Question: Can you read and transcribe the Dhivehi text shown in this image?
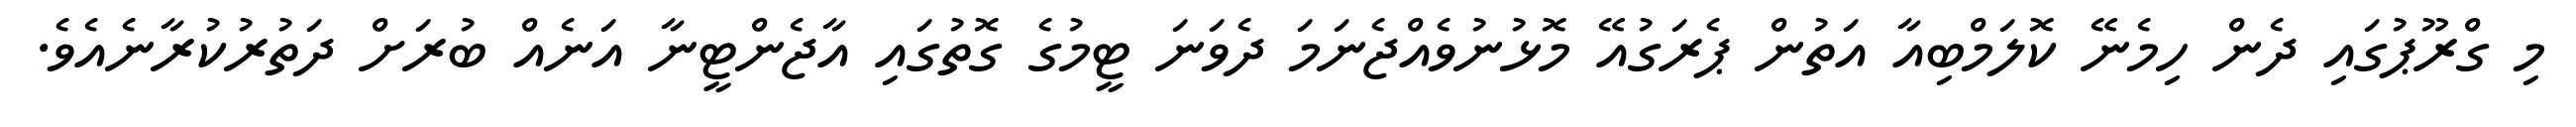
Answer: މި ގްރޫޕުގައި ދެން ހިމެނޭ ކޮލަމްބިއާ އަތުން ޕެރަގުއޭ މޮޅުނުވެއްޖެނަމަ ދެވަނަ ޓީމުގެ ގޮތުގައި އާޖެންޓީނާ އަނެއް ބުރަށް ދަތުރުކުރާނެއެވެ.